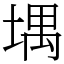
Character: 堣